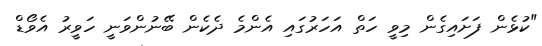
"ކުޅެން ފަށައިގެން މިވީ ހަތް އަހަރުގައި އެންމެ ދެކެން ބޭނުންވަނީ ހަވީރު އެވޯޑް